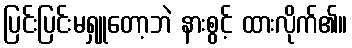
ပြင်းပြင်းမရှူတော့ဘဲ နားစွင့် ထားလိုက်၏။